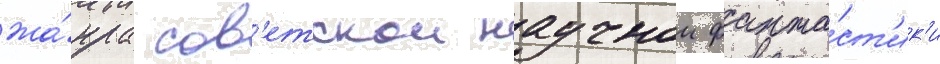
жа́нра сов'етскои научнои фанта́ст'ик'и